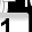
Digit: 1